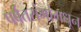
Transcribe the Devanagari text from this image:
पर्वतरांगांमधून